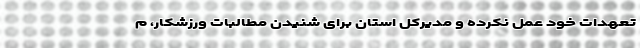
تعهدات خود عمل نکرده و مدیرکل استان برای شنیدن مطالبات ورزشکار، م